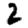
Digit: 2